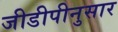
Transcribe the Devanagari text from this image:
जीडीपीनुसार